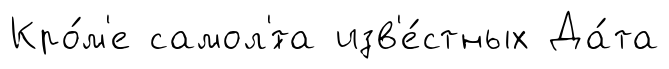
Кро́м'е самол'́та изв'е́стных Да́та